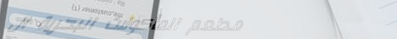
مطعم المأكولات البحرية ال